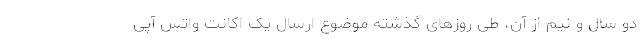
دو سال و نیم از آن، طی روزهای گذشته موضوع ارسال یک اکانت واتس آپی